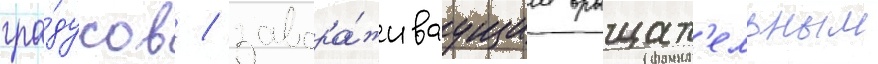
гра́дусов / завора́живаущим вращат'ельным